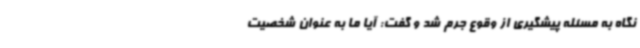
نگاه به مسئله پیشگیری از وقوع جرم شد و گفت: آیا ما به عنوان شخصیت